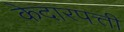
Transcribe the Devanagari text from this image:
केदारपत्ती